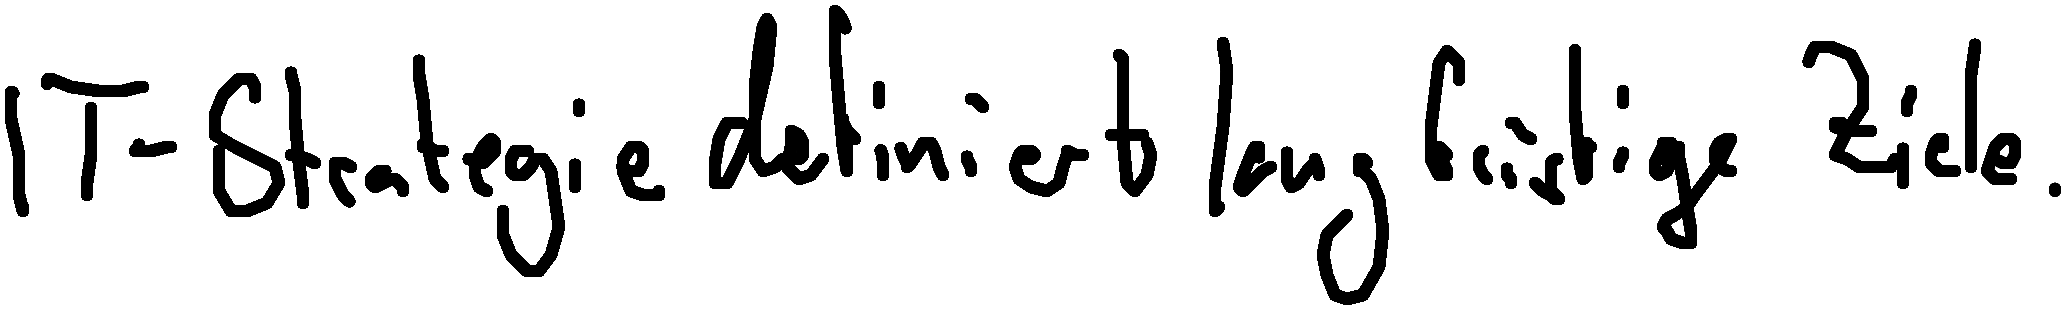
IT-Strategie definiert langfristige Ziele.